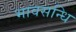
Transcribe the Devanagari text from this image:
भावसन्धि